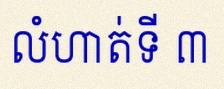
លំហាត់ទី ៣